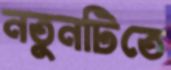
নতুনটিতে